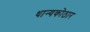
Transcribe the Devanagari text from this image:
धान्यकोठार